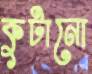
কুটানো